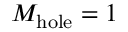
M _ { \mathrm { h o l e } } = 1